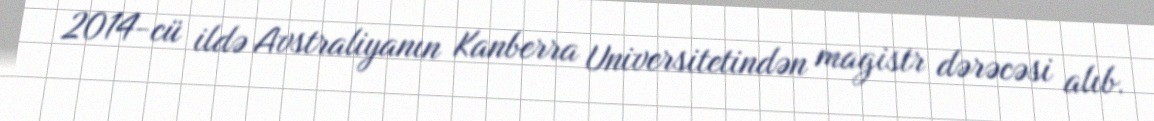
2014-cü ildə Avstraliyanın Kanberra Universitetindən magistr dərəcəsi alıb.